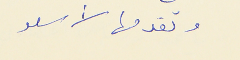
وتقدمها لأسعد